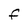
Character: F